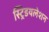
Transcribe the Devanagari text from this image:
स्ट्रिडयलेशन